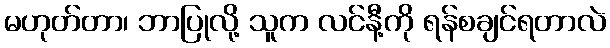
မဟုတ်တာ၊ ဘာပြုလို့ သူက လင်နီ့ကို ရန်စချင်ရတာလဲ